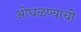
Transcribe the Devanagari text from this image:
ओघळण्याची